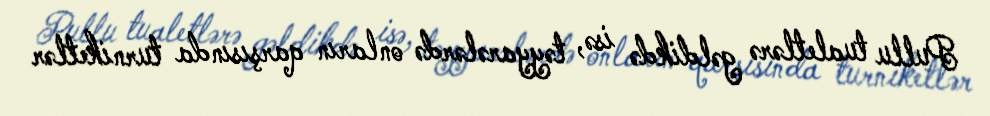
Pullu tualetlərə gəldikdə isə, təyyarələrdə onların qarşısında turniketlər